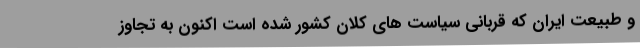
و طبیعت ایران که قربانی سیاست های کلان کشور شده است اکنون به تجاوز